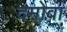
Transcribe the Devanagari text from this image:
दमोवा